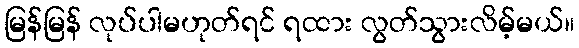
မြန်မြန် လုပ်ပါမဟုတ်ရင် ရထား လွတ်သွားလိမ့်မယ်။